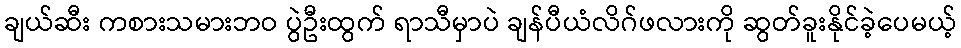
ချယ်ဆီး ကစားသမားဘဝ ပွဲဦးထွက် ရာသီမှာပဲ ချန်ပီယံလိဂ်ဖလားကို ဆွတ်ခူးနိုင်ခဲ့ပေမယ့်